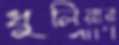
ধুলিয়ার